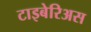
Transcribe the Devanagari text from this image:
टाइबेरिअस